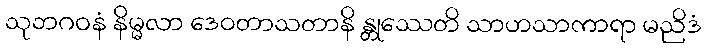
သုဘဂဝနံ နိမ္မလာ ဒေဝတာသတာနိ န္တုဿေတိ သာဟသာကာရာ မညိဒံ